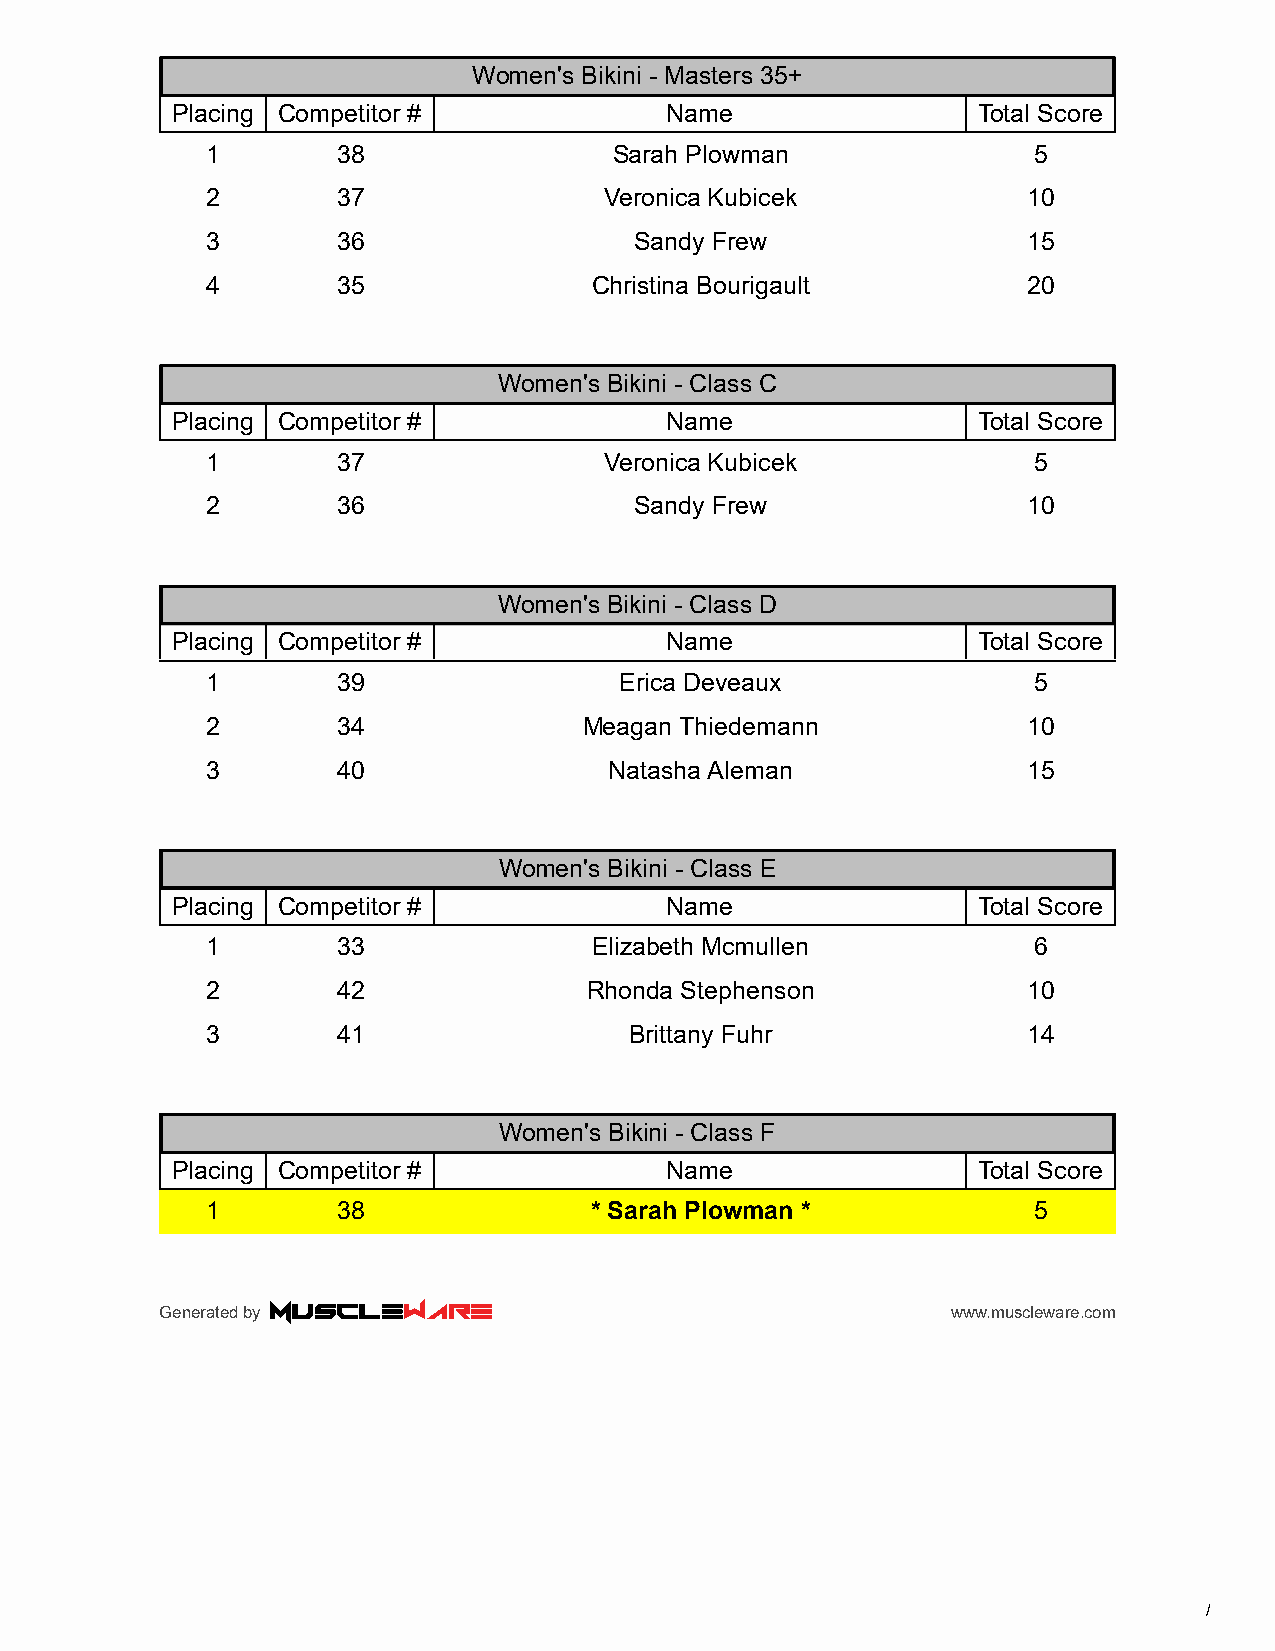
Women's Bikini - Masters 35+
 Placing Competitor #             Name                 Total Score
 1       38                 Sarah Plowman              5
 2       37                Veronica Kubicek            10
 3       36                  Sandy Frew                15
 4       35               Christina Bourigault         20
 Women's Bikini - Class C
 Placing Competitor #             Name                 Total Score
 1       37                Veronica Kubicek            5
 2       36                  Sandy Frew                10
 Women's Bikini - Class D
 Placing Competitor #             Name                 Total Score
 1       39                 Erica Deveaux              5
 2       34               Meagan Thiedemann            10
 3       40                Natasha Aleman              15
 Women's Bikini - Class E
 Placing Competitor #             Name                 Total Score
 1       33               Elizabeth Mcmullen           6
 2       42               Rhonda Stephenson            10
 3       41                  Brittany Fuhr             14
 Women's Bikini - Class F
 Placing Competitor #             Name                 Total Score
 1       38               * Sarah Plowman *            5
 Generated by                                        www.muscleware.com
 /